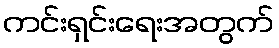
ကင်းရှင်းရေးအတွက်